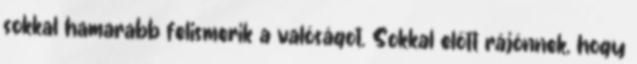
sokkal hamarabb felismerik a valóságot. Sokkal előtt rájönnek, hogy